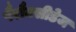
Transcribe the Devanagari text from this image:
पैरौक्सीडेज